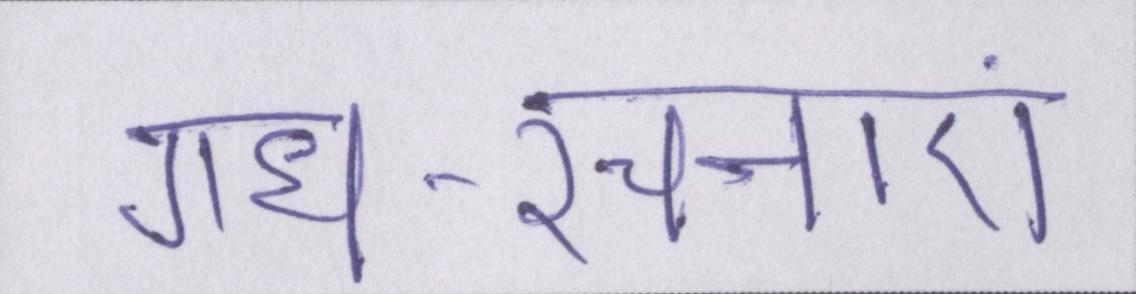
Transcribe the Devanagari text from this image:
गध-रचनाएं